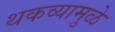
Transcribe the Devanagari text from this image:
थकव्यामुळे